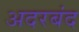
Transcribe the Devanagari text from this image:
अदरबंद